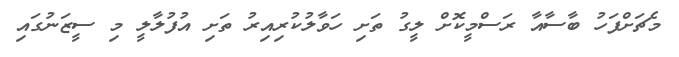
މެޗަށްފަހު ބާސާއާ ރަސްމީކޮށް ލީގު ތަށި ހަވާލުކުރިއިރު ތަށި އުފުލާލީ މި ސީޒަނުގައި